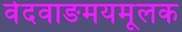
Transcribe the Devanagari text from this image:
वेदवाङमयमूलक